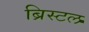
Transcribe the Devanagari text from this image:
ब्रिस्‍टल